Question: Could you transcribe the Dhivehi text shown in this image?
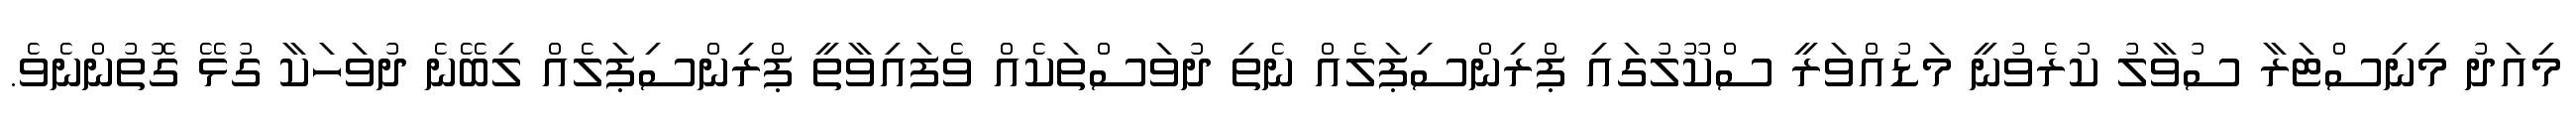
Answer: މިއަދު މިނިސްޓަރާ ސުވާލު ކުރެވުނީ މަޑުއްވަރީ ސްކޫލުގައި ޕްރިންސިޕަލެއް ނެތި ދުވަސްތަކެއް ވެފައިވާތީ ޕްރިންސިޕަލެއް ލިބޭނެ ދުވަހަކާ ގުޅޭ ގޮތުންނެވެ.